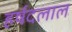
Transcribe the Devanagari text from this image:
हर्षदलाल